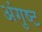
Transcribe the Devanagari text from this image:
अंगुष्ट